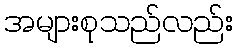
အများစုသည်လည်း